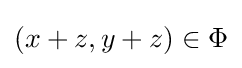
(x+z,y+z)\in \Phi